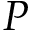
P